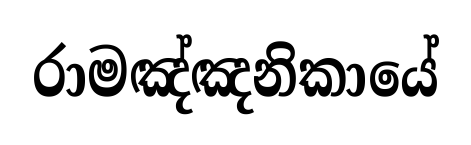
රාමඤ්ඤනිකායේ